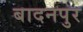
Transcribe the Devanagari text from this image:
बादनपुर